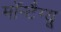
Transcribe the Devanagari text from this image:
मॉन्टैग्यू